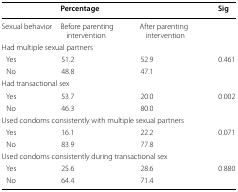
|  | <COLSPAN=2> Percentage | Sig |
 | --- | --- | --- | --- |
 | Sexual behavior | Before parenting intervention | After parenting intervention |  |
 | <COLSPAN=4> Had multiple sexual partners |
 | Yes | 51.2 | 52.9 | <ROWSPAN=2> 0.461 |
 | No | 48.8 | 47.1 |
 | <COLSPAN=4> Had transactional sex |
 | Yes | 53.7 | 20.0 | <ROWSPAN=2> 0.002 |
 | No | 46.3 | 80.0 |
 | <COLSPAN=4> Used condoms consistently with multiple sexual partners |
 | Yes | 16.1 | 22.2 | <ROWSPAN=2> 0.071 |
 | No | 83.9 | 77.8 |
 | <COLSPAN=4> Used condoms consistently during transactional sex |
 | Yes | 25.6 | 28.6 | <ROWSPAN=2> 0.880 |
 | No | 64.4 | 71.4 |